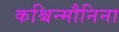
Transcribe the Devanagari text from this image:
कश्चिन्मौनिना